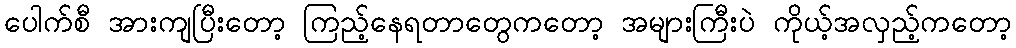
ပေါက်စီ အားကျပြီးတော့ ကြည့်နေရတာတွေကတော့ အများကြီးပဲ ကိုယ့်အလှည့်ကတော့